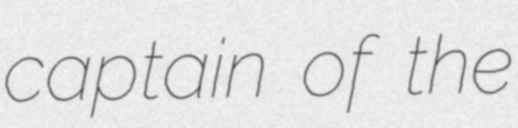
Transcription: captain of the